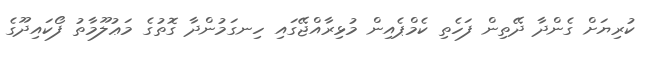
ކުރިޔަށް ގެންދާ ދޭތިން ފަހެތި ކެމްޕެއިން މުޅިރާއްޖޭގައި ހިނގަމުންދާ ގޮތުގެ މަޢުލޫމާތު ފޯކައިދޫގެ